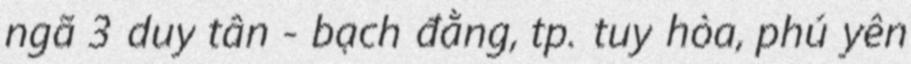
ngã 3 duy tân - bạch đằng, tp. tuy hòa, phú yên